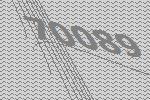
70089